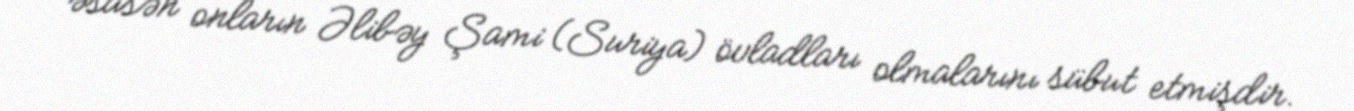
əsasən onların Əlibəy Şami (Suriya) övladları olmalarını sübut etmişdir.